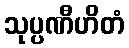
သုပ္ပဏီဟိတံ